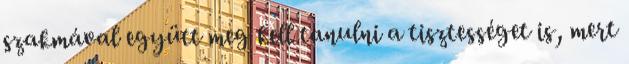
szakmával együtt meg kell tanulni a tisztességet is, mert